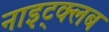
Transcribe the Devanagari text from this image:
नाइट्क्लब